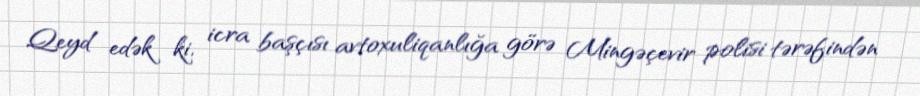
Qeyd edək ki, icra başçısı avtoxuliqanlığa görə Mingəçevir polisi tərəfindən